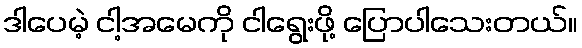
ဒါပေမဲ့ ငါ့အမေကို ငါရွေးဖို့ ပြောပါသေးတယ်။